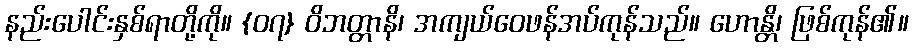
နည်းပေါင်းနှစ်ရာတို့ကို။ {၀၇} ဝိဘတ္တာနိ၊ အကျယ်ဝေဖန်အပ်ကုန်သည်။ ဟောန္တိ၊ ဖြစ်ကုန်၏။